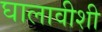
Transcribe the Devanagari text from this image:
घालावीशी